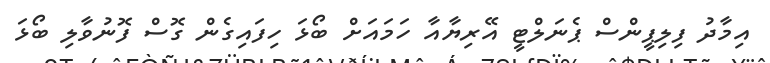
އިމާދު ފިލިޕީންސް ޕެނަލްޓީ އޭރިޔާއާ ހަމައަށް ބޯޅަ ހިފައިގެން ގޮސް ފޮނުވާލި ބޯޅަ